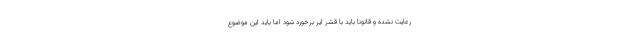
رعایت نشده و قانونا باید با قشر ایر برخورد شود اما باید این موضوع